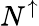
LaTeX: N^{\uparrow}